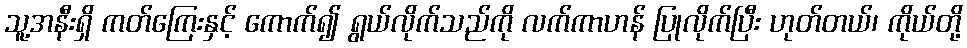
သူ့အနီးရှိ ကတ်ကြေးနှင့် ကောက်၍ ရွယ်လိုက်သည်ကို လက်ကာဟန် ပြုလိုက်ပြီး ဟုတ်တယ်၊ ကိုယ်တို့